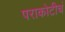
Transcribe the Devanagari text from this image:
पराकोटीचं